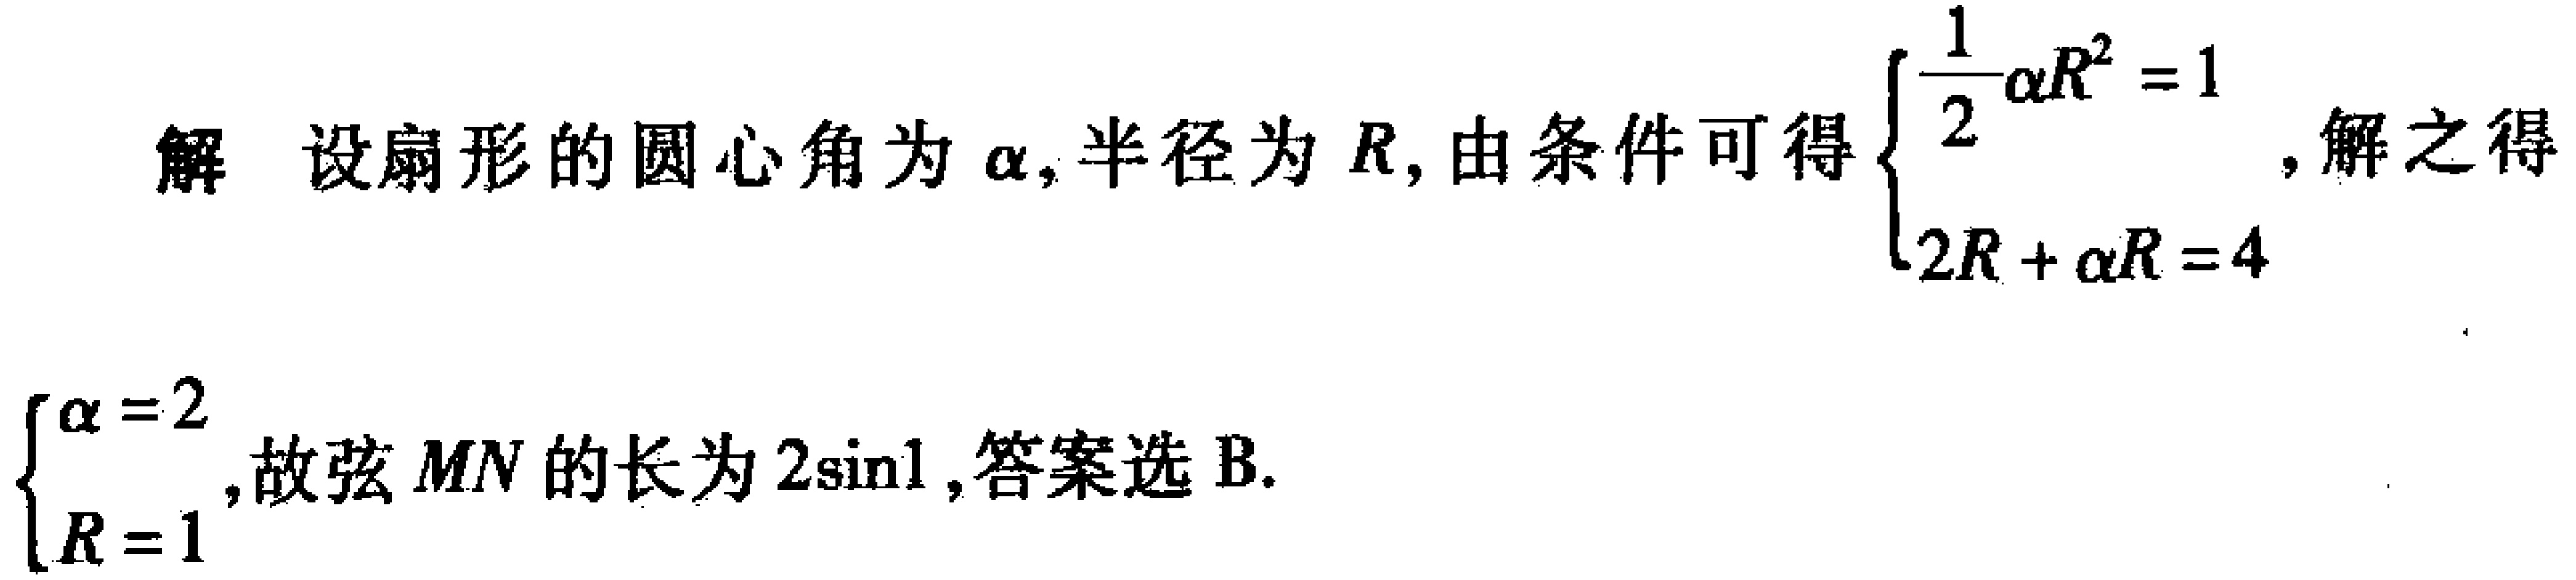
解 设扇形的圆心角为\(\alpha\)，半径为\(R\)，由条件可得\(\begin{cases}\dfrac{1}{2}\alpha R^{2}=1\\2R + \alpha R = 4\end{cases}\)，解之得\(\begin{cases}\alpha = 2\\R = 1\end{cases}\)，故弦\(MN\)的长为\(2\sin1\)，答案选 B.